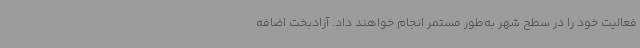
فعالیت خود را در سطح شهر به‌طور مستمر انجام خواهند داد. آزادبخت اضافه